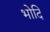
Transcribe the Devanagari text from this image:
भोदि